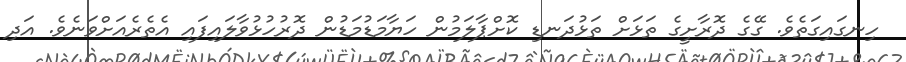
ހިނގައިގަތެވެ. ގޭގެ ދޮރާށީގެ ތަޅަށް ތަޅުދަނޑި ކޮށްޕާލަމުން ހަޔާމަޑުމަޑުން ދޮރުހުޅުވާލައިިފައި އެތެރެއަށްވަަނެވެ. އަދި